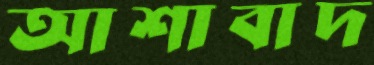
আশাবাদ